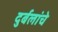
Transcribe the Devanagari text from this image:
दुर्बलांचे